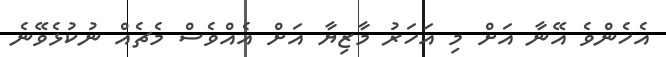
އެހެންވެ އޭނާ އަށް މި އަހަރު މާޒިޔާ އަށް އެއްވެސް މެޗެއް ނުކުޅެވޭނެ